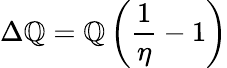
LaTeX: \Delta\mathbb{Q}=\mathbb{Q}\left({\frac{{1}}{{\eta}}}-1\right)